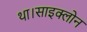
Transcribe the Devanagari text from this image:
था।साइक्लोन